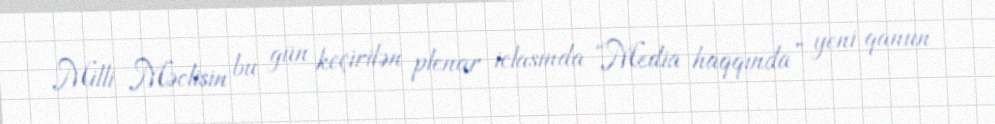
Milli Məclisin bu gün keçirilən plenar iclasında “Media haqqında” yeni qanun